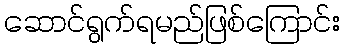
ဆောင်ရွက်ရမည်ဖြစ်ကြောင်း